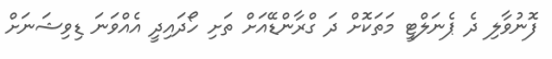
ފޮނުވާލި ދެ ޕެނަލްޓީ މަތަކޮށް ދަ ގްރާންޑޭއަށް ތަށި ހޯދައިދީ އެއްވަނަ ޑިވިޝަނަށް